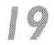
19